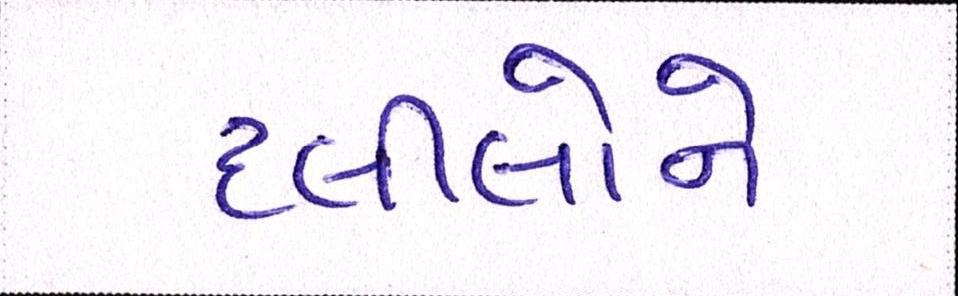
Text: દલીલોને